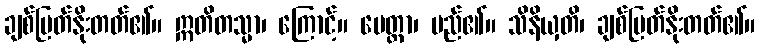
ချစ်မြတ်နိုးတတ်၏။ ဣတိတသ္မာ၊ ကြောင့်။ မေတ္တာ၊ မည်၏။ သိနိယှတိ၊ ချစ်မြတ်နိုးတတ်၏။